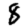
Digit: 8